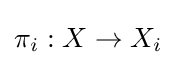
\pi _{i}:X\to X_{i}